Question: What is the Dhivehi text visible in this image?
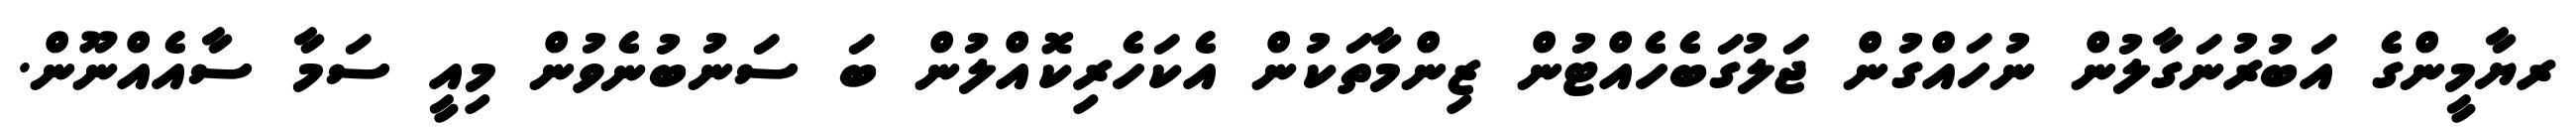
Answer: ރޔާމީންގެ އަބުރުނަގާލުން ނުހައްގުން ޖަލުގަބެހެއްޓުން ޒިންމާތަކުން އެކަހެރިކޮއްލުން ބަ ސަނުބުނެވުން މިއީ ސަމާ ސާއެއްނޫން.